Report of the Indian Hemp Drugs Commission, 1894-1895 - Volume IV
Year: 1894
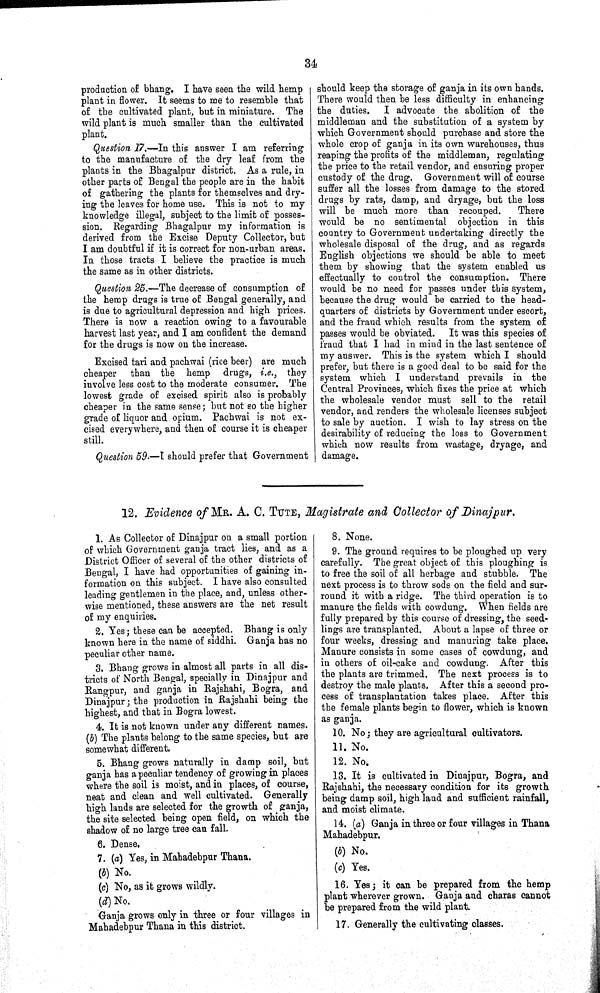
34
production of bhang. I have seen the wild hemp
plant in flower. It seems to me to resemble that
of the cultivated plant, but in miniature. The
wild plant is much smaller than the cultivated
plant.
Question 17.—In this answer I am referring
to the manufacture of the dry leaf from the
plants in the Bhagalpur district. As a rule, in
other parts of Bengal the people are in the habit
of gathering the plants for themselves and dry-
ing the leaves for home use. This is not to my
knowledge illegal, subject to the limit of posses-
sion. Regarding Bhagalpur my information is
derived from the Excise Deputy Collector, but
I am doubtful if it is correct for non-urban areas.
In those tracts I believe the practice is much
the same as in other districts.
Question 25.—The decrease of consumption of
the hemp drugs is true of Bengal generally, and
is due to agricultural depression and high prices.
There is now a reaction owing to a favourable
harvest last year, and I am confident the demand
for the drugs is now on the increase.
Excised tari and pachwai (rice beer) are much
cheaper
than the hemp drugs, i.e., they
involve less cost to the moderate consumer. The
lowest grade of excised spirit also is probably
cheaper in the same sense; but not so the higher
grade of liquor and opium. Pachwai is not ex-
cised everywhere, and then of course it is cheaper
still.
Question 59.—I should prefer that Government
should keep the storage of ganja in its own hands.
There would then be less difficulty in enhancing
the duties.
I advocate the abolition of the
middleman and the substitution of a system by
which Government should purchase and store the
whole crop of ganja in its own warehouses, thus
reaping the profits of the middleman, regulating
the price to the retail vendor, and ensuring proper
custody of the drug. Government will of course
suffer all the losses from damage to the stored
drugs by rats, damp, and dryage, but the loss
will be much more than recouped.
There
would be no sentimental objection in this
country to Government undertaking directly the
wholesale disposal of the drug, and as regards
English objections we should be able to meet
them by showing that the system enabled us
effectually to control the consumption. There
would be no need for passes under this system,
because the drug would be carried to the head-
quarters of districts by Government under escort,
and the fraud which results from the system of
passes would be obviated. It was this species of
fraud that I had in mind in the last sentence of
my answer. This is the system which I should
prefer, but there is a good deal to be said for the
system which I understand prevails in the
Central Provinces, which fixes the price at which
the wholesale vendor must sell to the retail
vendor, and renders the wholesale licenses subject
to sale by auction. I wish to lay stress on the
desirability of reducing the loss to Government
which now results from wastage, dryage, and
damage.
12. Evidence of MR. A. C. TUTE, Magistrate and Collector of Dinajpur.
1. As Collector of Dinajpur on a small portion
of which Government ganja tract lies, and as a
District Officer of several of the other districts of
Bengal, I have had opportunities of gaining in-
formation on this subject. I have also consulted
leading gentlemen in the place, and, unless other-
wise mentioned, these answers are the net result
of my enquiries.
2. Yes; these can be accepted. Bhang is only
known here in the name of siddhi. Ganja has no
peculiar other name.
3. Bhang grows in almost all parts in all dis-
tricts of North Bengal, specially in Dinajpur and
Rangpur, and ganja in Rajshahi, Bogra, and
Dinajpur; the production in Rajshahi being the
highest, and that in Bogra lowest.
4. It is not known under any different names.
(b) The plants belong to the same species, but are
somewhat different.
5. Bhang grows naturally in damp soil, but
ganja has a peculiar tendency of growing in places
where the soil is moist, and in places, of course,
neat and clean and well cultivated. Generally
high lands are selected for the growth of ganja,
the site selected being open field, on which the
shadow of no large tree can fall.
6. Dense.
7. (a) Yes, in Mahadebpur Thana.
(b) No.
(c) No, as it grows wildly.
(d) No.
Ganja grows only in three or four villages in
Mahadebpur Thana in this district.
8. None.
9. The ground requires to be ploughed up very
carefully. The great object of this ploughing is
to free the soil of all herbage and stubble. The
next process is to throw sods on the field and sur-
round it with a ridge. The third operation is to
manure the fields with cowdung. When fields are
fully prepared by this course of dressing, the seed-
lings are transplanted. About a lapse of three or
four weeks, dressing and manuring take place.
Manure consists in some cases of cowdung, and
in others of oil-cake and cowdung. After this
the plants are trimmed. The next process is to
destroy the male plants. After this a second pro-
cess of transplantation takes place. After this
the female plants begin to flower, which is known
as ganja.
10. No; they are agricultural cultivators.
11. No.
12. No.
13. It is cultivated in Dinajpur, Bogra, and
Rajshahi, the necessary condition for its growth
being damp soil, high land and sufficient rainfall,
and moist climate.
14. (a) Ganja in three or four villages in Thana
Mahadebpur.
(b) No.
(c) Yes.
16. Yes; it can be prepared from the hemp
plant wherever grown. Ganja and charas cannot
be prepared from the wild plant.
17. Generally the cultivating classes.